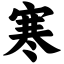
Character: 寒